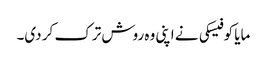
مایا کوفیسکی نے اپنی وہ روش ترک کر دی۔